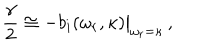
LaTeX: { \frac { \gamma } { 2 } } \cong - b _ { i } ( \omega _ { r } , \kappa ) { \big \vert } _ { \omega _ { r } = \kappa } \, ,